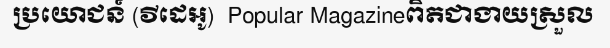
ប្រយោជន៍ (វីដេអូ)  Popular Magazineពិតជាងាយស្រួល